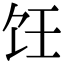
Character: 饪